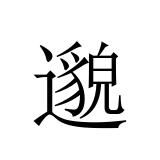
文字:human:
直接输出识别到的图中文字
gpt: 邈